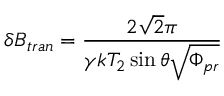
\delta B _ { t r a n } = \frac { 2 \sqrt { 2 } \pi } { \gamma k T _ { 2 } \sin \theta \sqrt { \Phi _ { p r } } }